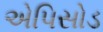
એપિસોડ